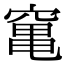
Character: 𥧄